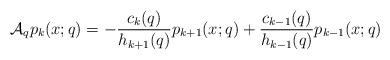
LaTeX: \begin{align*}\mathcal{A}_q p_k(x;q)=-\frac{c_k(q)}{h_{k+1}(q)}p_{k+1}(x;q)+\frac{c_{k-1}(q)}{h_{k-1}(q)}p_{k-1}(x;q)\end{align*}